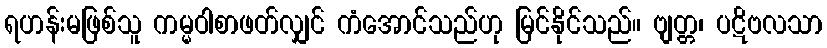
ရဟန်းမဖြစ်သူ ကမ္မဝါစာဖတ်လျှင် ကံအောင်သည်ဟု မြင်နိုင်သည်။ ဗျတ္တ၊ ပဋိဗလသာ